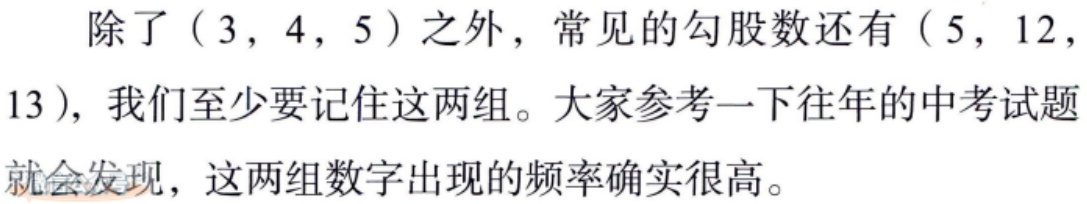
除了\((3,4,5)\)之外，常见的勾股数还有\((5,12,13)\)，我们至少要记住这两组。大家参考一下往年的中考试题就会发现，这两组数字出现的频率确实很高。